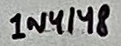
Text: 1N4148